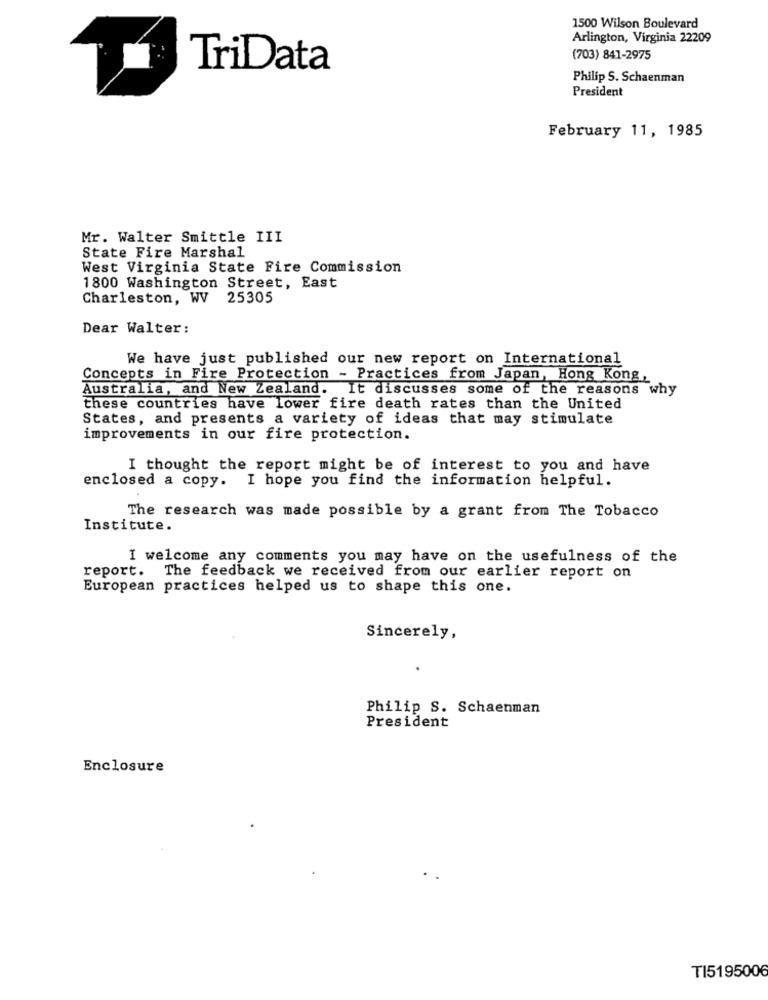
1500 Wilson Boulevard
Arlington, Virginia 22209
(703) 841-2975
TriData
Philip S. Schaenman
President
February 11, 1985
Mr. Walter Smittle III
State Fire Marshal
West Virginia State Fire Commission
1800 Washington Street, East
Charleston, WV 25305
Dear Walter:
We have just published our new report on International
Concepts in Fire Protection - Practices from Japan, Hong Kong,
Australia, and New Zealand. It discusses some of the reasons why
these countries have lower fire death rates than the United
States, and presents a variety of ideas that may stimulate
improvements in our fire protection.
I thought the report might be of interest to you and have
enclosed a copy. I hope you find the information helpful.
The research was made possible by a grant from The Tobacco
Institute.
I welcome any comments you may have on the usefulness of the
report.
The feedback we received from our earlier report on
European practices helped us to shape this one.
Sincerely,
Philip S. Schaenman
President
Enclosure
TI5195006